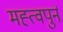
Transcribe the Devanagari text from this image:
मह्त्वपुर्न